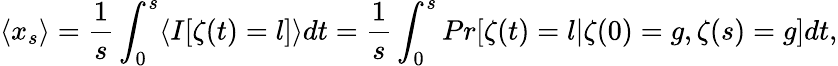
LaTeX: \langle x_{s}\rangle=\frac{1}{s}\int_{0}^{s}\langle I[\zeta(t)=l]\rangle dt=\frac{1}{s}\int_{0}^{s}Pr[\zeta(t)=l|\zeta(0)=g,\zeta(s)=g]dt,